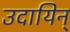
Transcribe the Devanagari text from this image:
उदायिन्